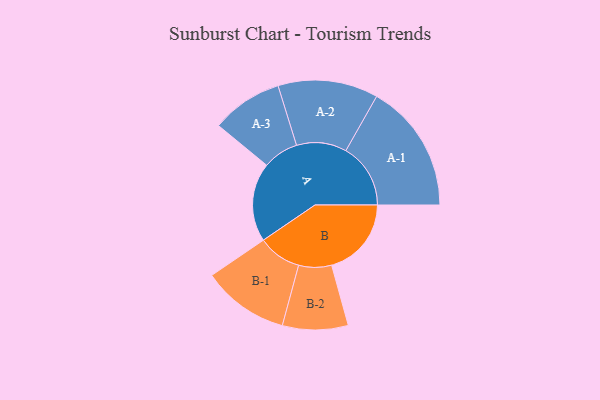
{"axis": {"x": "Segment", "y": "Value"}, "legend": ["", "A", "B"], "data": [{"x": "A", "y": 356, "type": ""}, {"x": "B", "y": 360, "type": ""}, {"x": "A-1", "y": 292, "type": "A"}, {"x": "A-2", "y": 226, "type": "A"}, {"x": "A-3", "y": 161, "type": "A"}, {"x": "B-1", "y": 196, "type": "B"}, {"x": "B-2", "y": 148, "type": "B"}]}